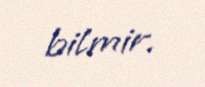
bilmir.